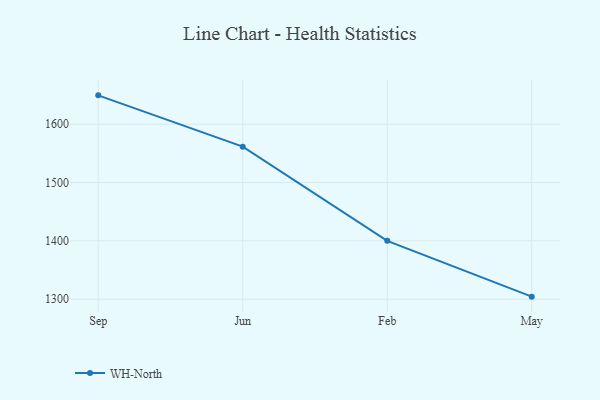
{"axis": {"x": "Month", "y": "Tickets Resolved"}, "legend": ["WH-North"], "data": [{"x": "Sep", "y": 1649.5, "type": "WH-North"}, {"x": "Jun", "y": 1561.5, "type": "WH-North"}, {"x": "Feb", "y": 1400.1, "type": "WH-North"}, {"x": "May", "y": 1304.4, "type": "WH-North"}]}